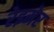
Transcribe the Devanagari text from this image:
रेइमेर